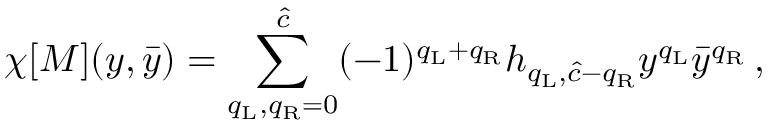
\chi [ { \cal M } ] ( y , \bar { y } ) = \sum _ { q _ { \mathrm { L } } , q _ { \mathrm { R } } = 0 } ^ { \hat { c } } ( - 1 ) ^ { q _ { \mathrm { L } } + q _ { \mathrm { R } } } h _ { q _ { \mathrm { L } } , \hat { c } - q _ { \mathrm { R } } } y ^ { q _ { \mathrm { L } } } \bar { y } ^ { q _ { \mathrm { R } } } \, ,